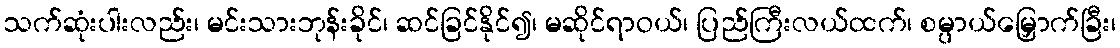
သက်ဆုံးပါးလည်း၊ မင်းသားဘုန်းခိုင်၊ ဆင်ခြင်နိုင်၍၊ မဆိုင်ရာဝယ်၊ ပြည်ကြီးလယ်ထက်၊ စမ္ပာယ်မြှောက်ခြီး၊